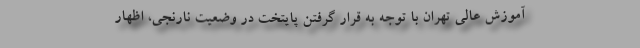
آموزش عالی تهران با توجه به قرار گرفتن پایتخت در وضعیت نارنجی، اظهار